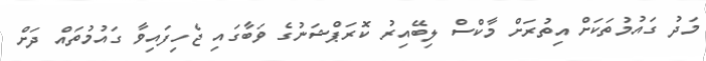
މަދު ގައުމުތަކަށް އިތުރަށް މާކްސް ލިބޭއިރު ކޮރަޕްޝަނުގެ ވަބާގައި ޖެހިފައިވާ ގައުމުތައް ދަށް